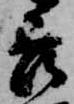
吉